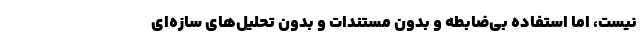
نیست، اما استفاده بی‌ضابطه و بدون مستندات و بدون تحلیل‌های سازه‌ای